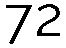
72